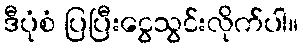
ဒီပုံစံ ပြပြီးငွေသွင်းလိုက်ပါ။